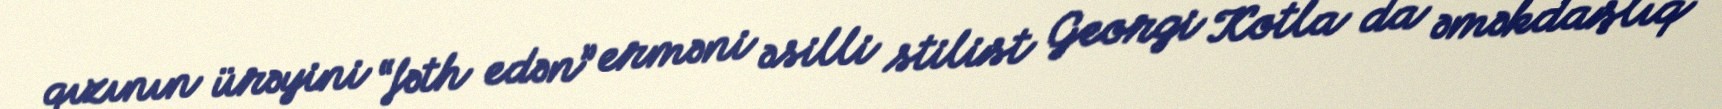
qızının ürəyini “fəth edən” erməni əsilli stilist Georgi Kotla da əməkdaşlıq